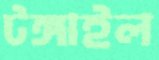
টঙ্গাইল